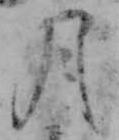
月